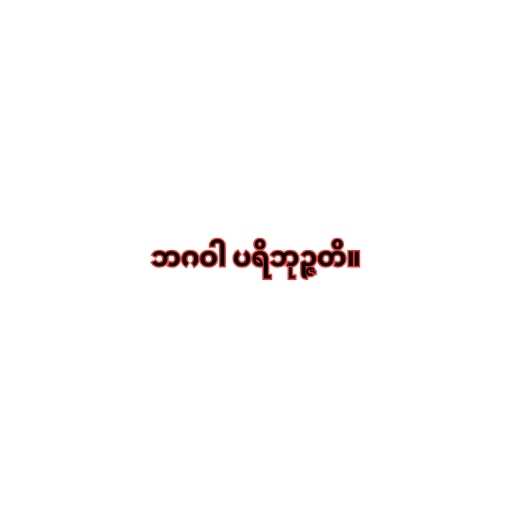
ဘဂဝါ ပရိဘုဉ္ဇတိ။